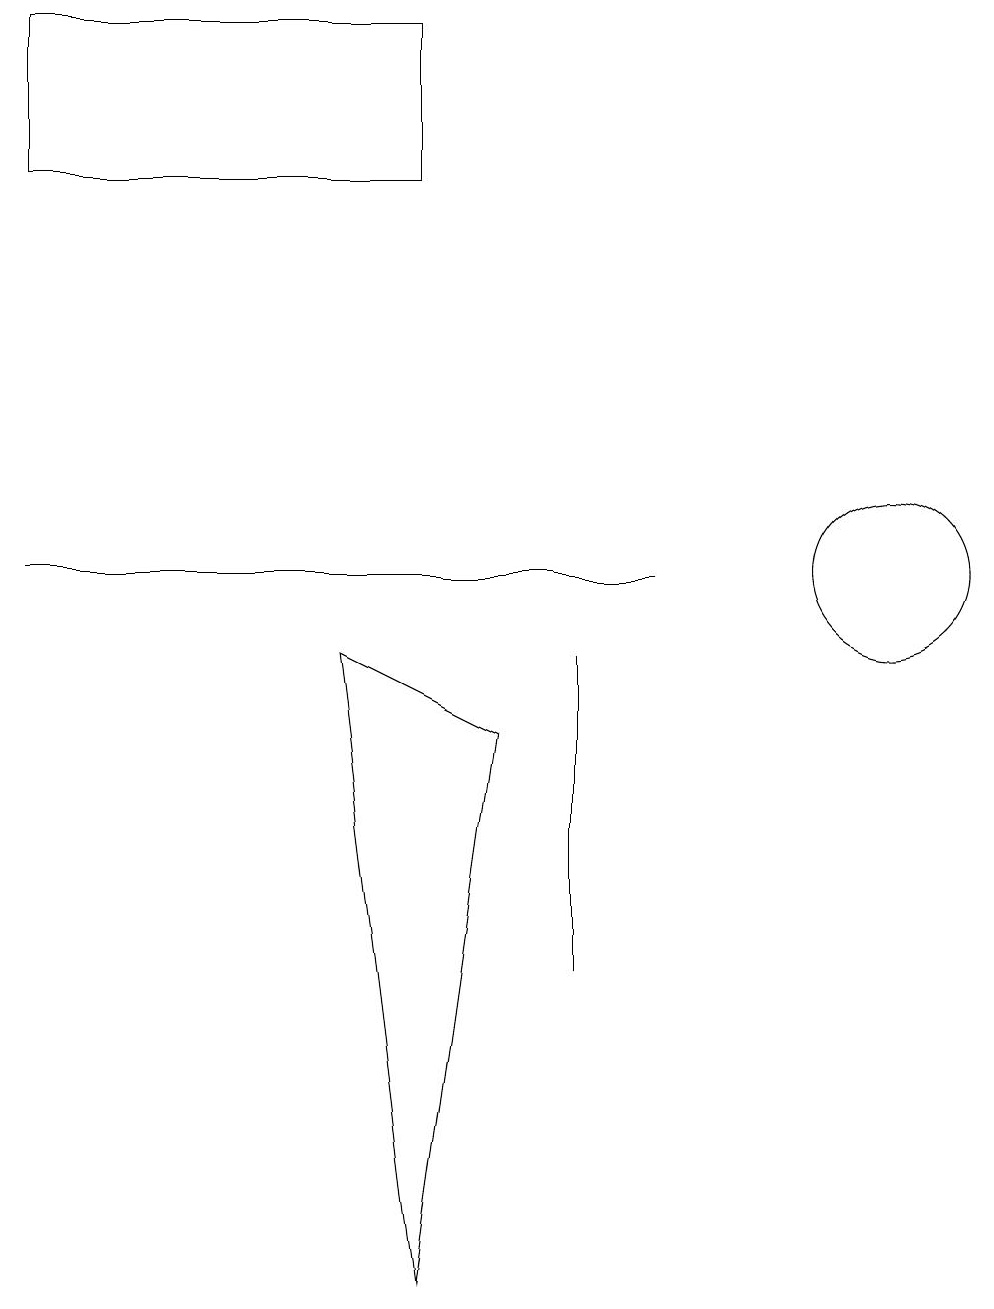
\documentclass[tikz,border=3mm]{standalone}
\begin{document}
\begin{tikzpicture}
\draw (4,9) -- (6,8) -- (5,1) -- cycle;
\draw (7,5) -- (7,7) -- (7,9) -- cycle;
\draw (5,15) rectangle (0,17);
\draw (0,10) rectangle (8,10);
\draw (11,10) circle (1);
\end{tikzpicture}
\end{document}